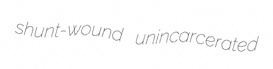
shunt-wound unincarcerated